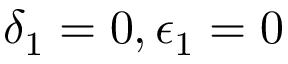
\delta _ { 1 } = 0 , \epsilon _ { 1 } = 0